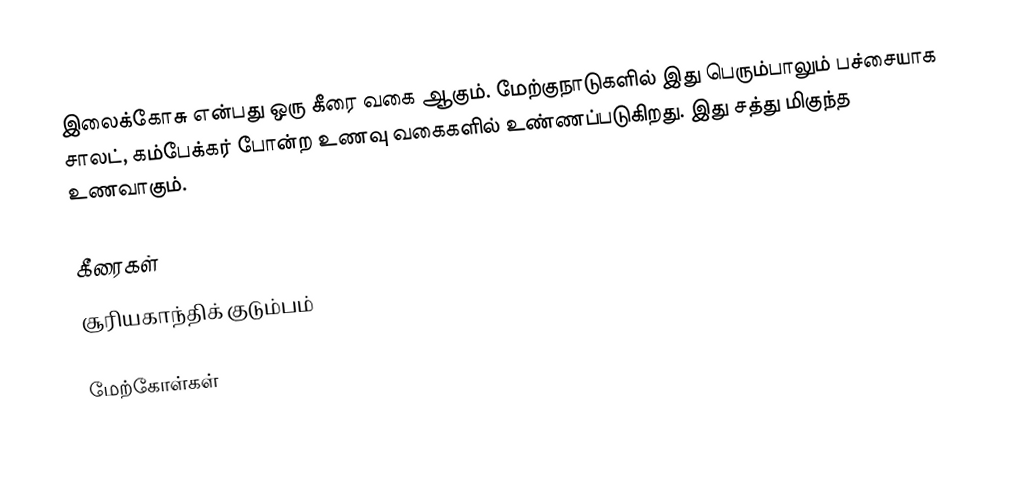
இலைக்கோசு என்பது ஒரு கீரை வகை ஆகும். மேற்குநாடுகளில் இது பெரும்பாலும் பச்சையாக சாலட், கம்பேக்கர் போன்ற உணவு வகைகளில் உண்ணப்படுகிறது.  இது சத்து மிகுந்த உணவாகும்.

கீரைகள்
சூரியகாந்திக் குடும்பம்

மேற்கோள்கள்